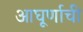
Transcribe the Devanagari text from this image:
आघूर्णाची